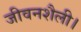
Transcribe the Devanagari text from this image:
जीवनशैली।